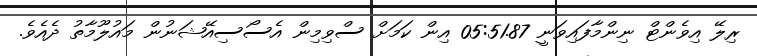
ރިލޭ އިވެންޓް ނިންމާފައިވަނީ 05:51.87 އިން ކަމަށް ސްވިމިން އެސޯސިއޭޝަނުން މައުލޫމާތު ދެއެވެ.